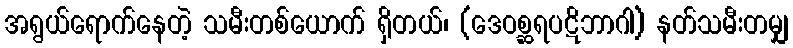
အရွယ်ရောက်နေတဲ့ သမီးတစ်ယောက် ရှိတယ်၊ (ဒေဝစ္ဆရပဋိဘာဂါ) နတ်သမီးတမျှ